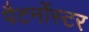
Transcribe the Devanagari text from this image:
पैटर्नोस्टर